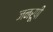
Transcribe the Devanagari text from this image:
जनरूपी